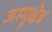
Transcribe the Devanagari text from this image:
जम्मूक्षेत्र